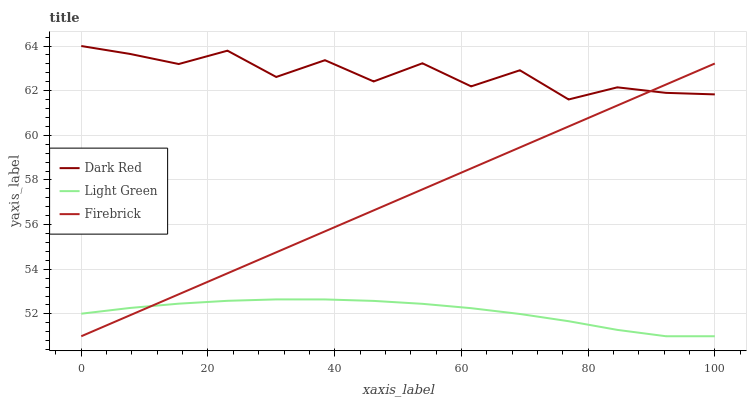
| xaxis_label | Dark Red | Light Green | Firebrick |
 | --- | --- | --- | --- |
 | 0 | 64 | 52 | 51 |
 | 7.69 | 63.6 | 52.3 | 51.9 |
 | 15.4 | 63.2 | 52.5 | 52.9 |
 | 23.1 | 63.8 | 52.6 | 53.8 |
 | 30.8 | 62.6 | 52.7 | 54.8 |
 | 38.5 | 63.4 | 52.6 | 55.7 |
 | 46.2 | 62.4 | 52.6 | 56.6 |
 | 53.8 | 63.2 | 52.5 | 57.6 |
 | 61.5 | 62.2 | 52.3 | 58.5 |
 | 69.2 | 62.9 | 52 | 59.5 |
 | 76.9 | 61.6 | 51.7 | 60.4 |
 | 84.6 | 62.1 | 51.3 | 61.3 |
 | 92.3 | 61.9 | 51 | 62.3 |
 | 100 | 61.8 | 51 | 63.2 |